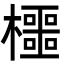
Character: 櫮